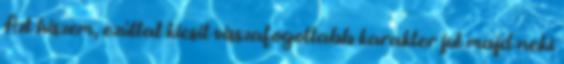
Azt hiszem, ezúttal kicsit visszafogottabb karakter jut majd neki